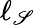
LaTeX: \ell_{\mathscr{S}}